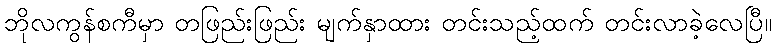
ဘိုလကွန်စကီမှာ တဖြည်းဖြည်း မျက်နှာထား တင်းသည့်ထက် တင်းလာခဲ့လေပြီ။